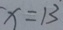
x = 1 3